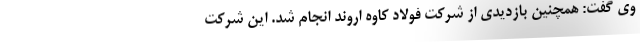
وی گفت: همچنین بازدیدی از شرکت فولاد کاوه اروند انجام شد. این شرکت